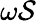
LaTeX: \omega{\cal S}